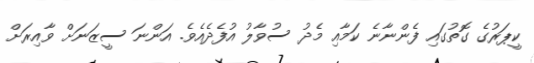
ކީޕަރުގެ ގޮތުގައި ފެންނާނެ ކަމާއި މެދު ސުވާލު އުފެދެއެވެ. އަންނަ ސީޒަނަށް ވާއިރަށް